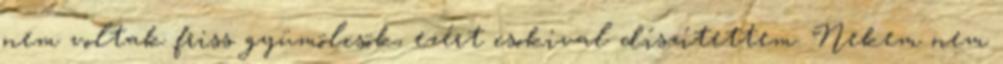
nem voltak friss gyümölcsök, ezért csokival díszítettem. Nekem nem